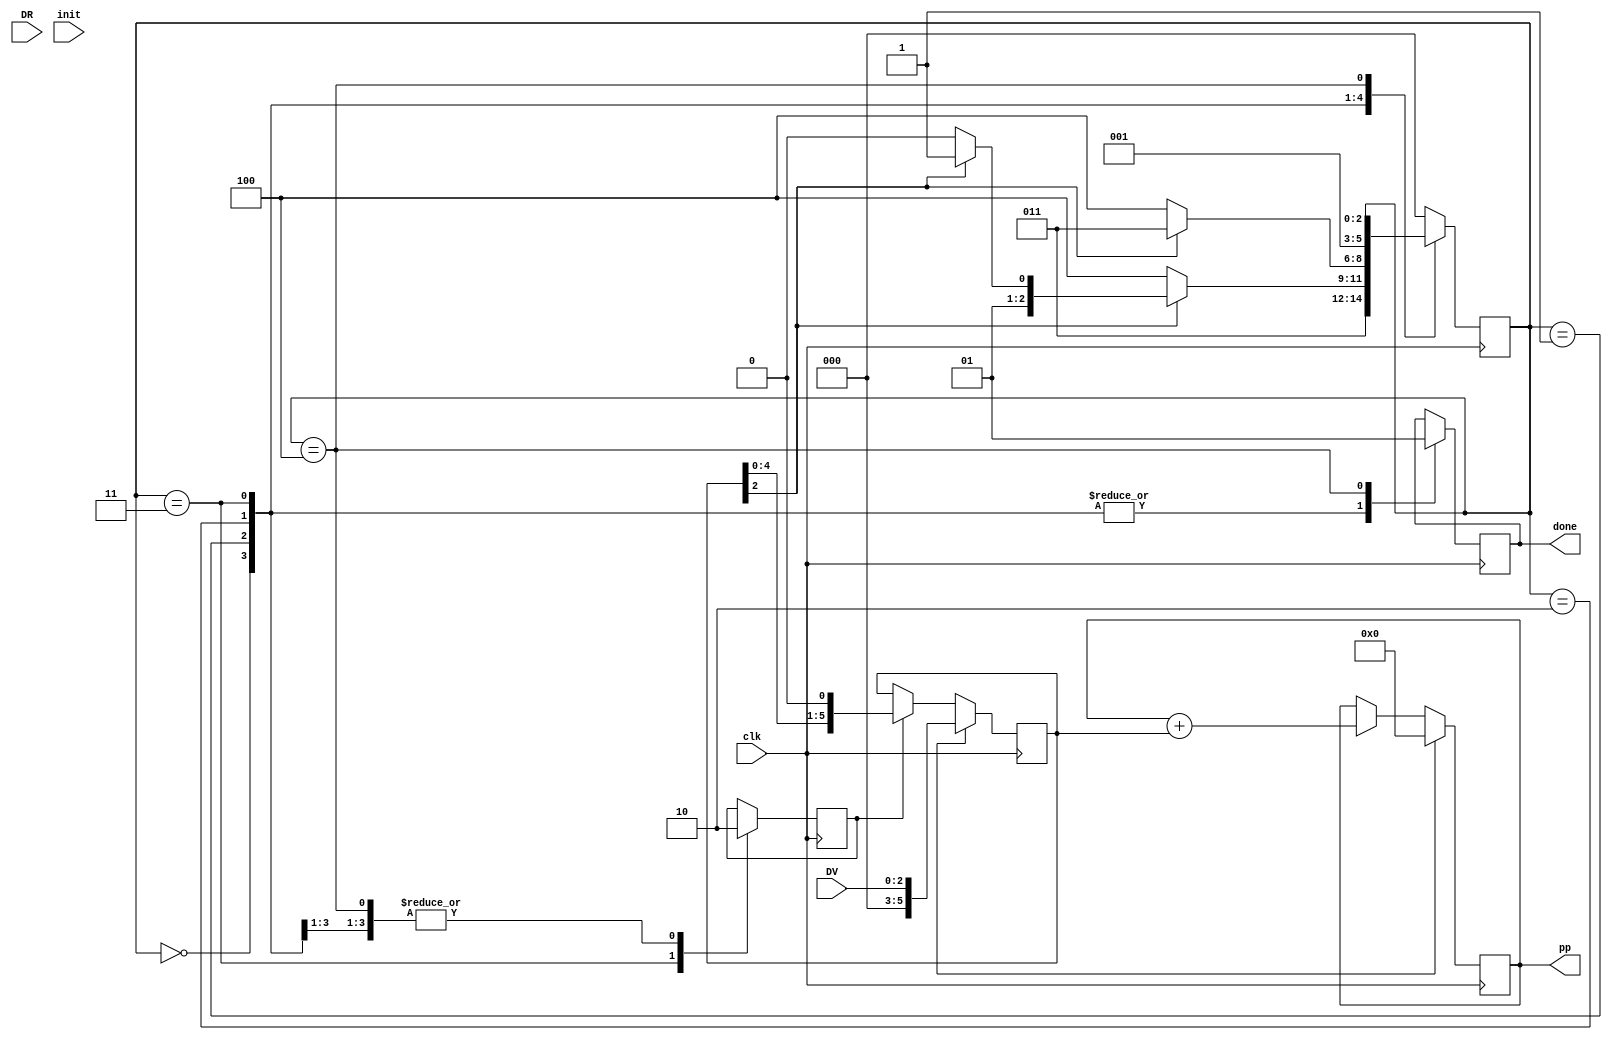
module divisor( input [2:0] DV,
							  input [2:0] DR,
							  input init,
							  input clk,
							  output reg [5:0] pp,
							  output reg done
    );

reg sh;
reg rst;
reg add;
reg count;
reg [5:0] A;
wire z;

reg [2:0] status =0;

// bloque comparador
assign z=(A[2]==0)?1:0;


//bloques de registros de desplazamiento para A y B
always @(posedge clk) begin

	if (rst) begin
		A = {3'b000,DV};
		count=3;
	end
	else	begin
		if (sh) begin
			A= A << 1;
			count=count-1;
		end
	end

end

//bloque de add pp
always @(posedge clk) begin

	if (rst) begin
		pp =0;
	end
	else	begin
		if (add) begin
		pp =pp+A;
		end
	end

end

// FSM
parameter START =0,  CHECK =1, ADD =2, SHIFT_DEC =3, END1 =4;

always @(posedge clk) begin
	case (status)
	START: begin
		done=0;
		lda=0;
		init=1;
		dv0=0;
    sh=0;
		dec=0;
		if (init) begin
			status=SHIFT_DEC;
		end
		end
	CHECK: begin
	done=0;
	lda=0;
	init=0;
	dv0=0;
	sh=0;
	dec=0;
		if (z==0) begin
		   if (A[2]==0)begin
			 status=ADD;
			 end
			 if (A[2]==1)begin
			 status=SHIFT_DEC;
			 end
		end
		else begin
		status=END1;
		end
		end

	ADD: begin
	done=0;
	lda=1;
	init=0;
	dv0=1;
	sh=0;
	dec=0;
	if (z==0)begin
	  status=SHIFT_DEC;
	end
	else begin
	  status=END1;
	end
	end

	SHIFT_DEC: begin
	done=0;
	lda=0;
	init=0;
	dv0=dv0;
	sh=1;
	dec=1;
	status=CHECK;
	end

	END1: begin
	done=1;
	lda=0;
	init=0;
	dv0=0;
	sh=0;
	dec=0;
	end
	 default:
		status =START;

	endcase

end


endmodule